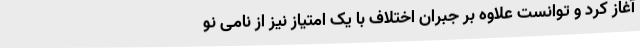
آغاز کرد و توانست علاوه بر جبران اختلاف با یک امتیاز نیز از نامی نو